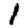
Digit: 1